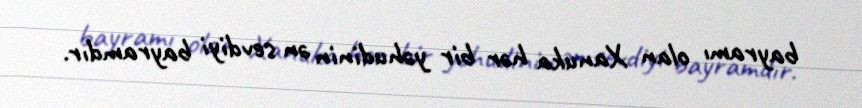
bayramı olan Xanuka hər bir yəhudinin ən sevdiyi bayramdır.